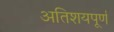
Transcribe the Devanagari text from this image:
अतिशयपूर्ण